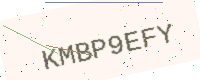
Text: KMBP9EFY